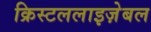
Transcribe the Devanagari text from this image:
क्रिस्टललाइज़ेबल